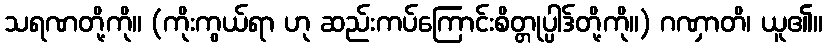
သရဏတို့ကို။ (ကိုးကွယ်ရာ ဟု ဆည်းကပ်ကြောင်းစိတ္တုပ္ပါဒ်တို့ကို။) ဂဏှာတိ၊ ယူ၏။